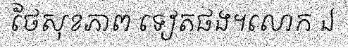
ថែសុខភាព ទៀតផង។លោក ឯ